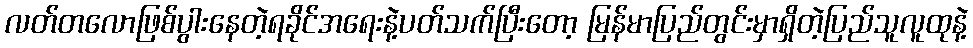
လတ်တလောဖြစ်ပွါးနေတဲ့ရခိုင်အရေးနဲ့ပတ်သက်ပြီးတော့ မြန်မာပြည်တွင်းမှာရှိတဲ့ပြည်သူလူထုနဲ့